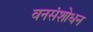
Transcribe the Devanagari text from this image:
वनसंशोधन